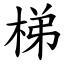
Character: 梯